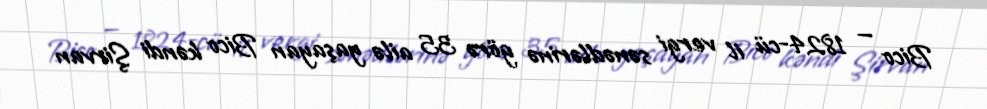
Bico — 1824-cü il vergi sənədlərinə görə 35 ailə yaşayan Bico kəndi Şirvan